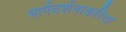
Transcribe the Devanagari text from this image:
मार्गदर्शनाकरिता